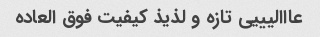
عااالیییی تازه و لذیذ کیفیت فوق العاده